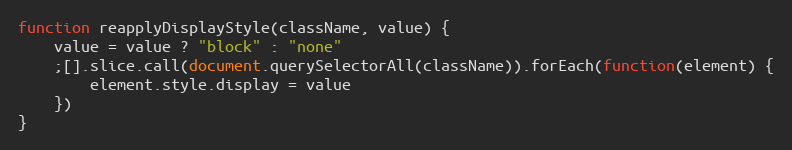
Language: JavaScript
function reapplyDisplayStyle(className, value) {
    value = value ? "block" : "none"
    ;[].slice.call(document.querySelectorAll(className)).forEach(function(element) {
        element.style.display = value
    })
}